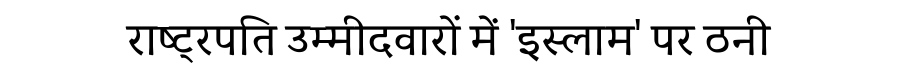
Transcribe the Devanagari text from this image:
राष्ट्रपति उम्मीदवारों में 'इस्लाम' पर ठनी